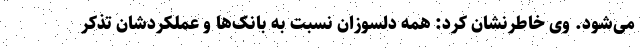
می‌شود. وی خاطرنشان کرد: همه دلسوزان نسبت به بانک‌ها و عملکردشان تذکر